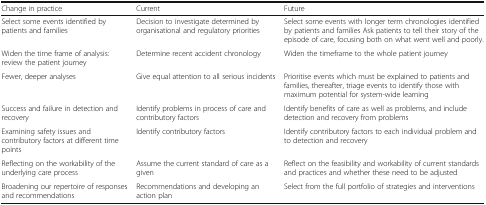
<table><thead><tr><td><b>Change in practice</b></td><td><b>Current</b></td><td><b>Future</b></td></tr></thead><tbody><tr><td>Select some events identified by patients and families</td><td>Decision to investigate determined by organisational and regulatory priorities</td><td>Select some events with longer term chronologies identified by patients and families Ask patients to tell their story of the episode of care, focusing both on what went well and poorly.</td></tr><tr><td>Widen the time frame of analysis: review the patient journey</td><td>Determine recent accident chronology</td><td>Widen the timeframe to the whole patient journey</td></tr><tr><td>Fewer, deeper analyses</td><td>Give equal attention to all serious incidents</td><td>Prioritise events which must be explained to patients and families, thereafter, triage events to identify those with maximum potential for system-wide learning</td></tr><tr><td>Success and failure in detection and recovery</td><td>Identify problems in process of care and contributory factors</td><td>Identify benefits of care as well as problems, and include detection and recovery from problems</td></tr><tr><td>Examining safety issues and contributory factors at different time points</td><td>Identify contributory factors</td><td>Identify contributory factors to each individual problem and to detection and recovery</td></tr><tr><td>Reflecting on the workability of the underlying care process</td><td>Assume the current standard of care as a given</td><td>Reflect on the feasibility and workability of current standards and practices and whether these need to be adjusted</td></tr><tr><td>Broadening our repertoire of responses and recommendations</td><td>Recommendations and developing an action plan</td><td>Select from the full portfolio of strategies and interventions</td></tr></tbody></table>